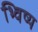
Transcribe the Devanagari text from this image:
भ्विष्य